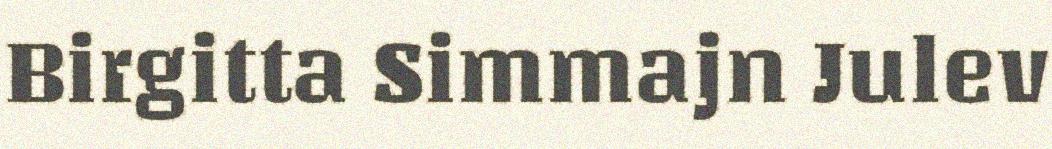
Birgitta Simmajn Julev